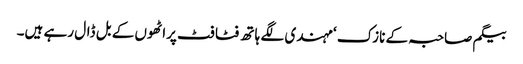
بیگم صاحبہ کے نازک ‘ مہندی لگے ہاتھ فٹا فٹ پراٹھوں کے بل ڈال رہے ہیں۔